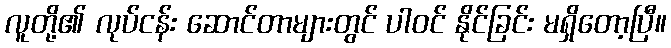
လူတို့၏ လုပ်ငန်း ဆောင်တာများတွင် ပါဝင် နိုင်ခြင်း မရှိတော့ပြီ။